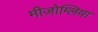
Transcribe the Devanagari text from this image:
मीज़ोग्लिया